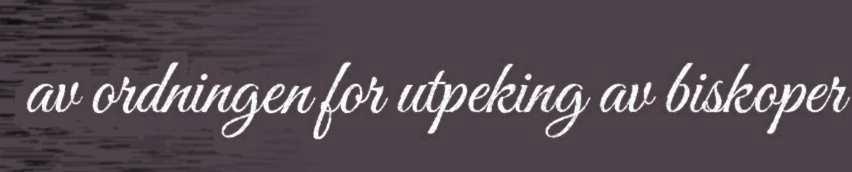
av ordningen for utpeking av biskoper